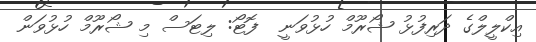
އިކްލީލްގެ ދަރިފުޅު ޝޯރޫމް ހުޅުވަނީ  ފޮޓޯ: ލިޓަސް މި ޝޯރޫމް ހުޅުވަން